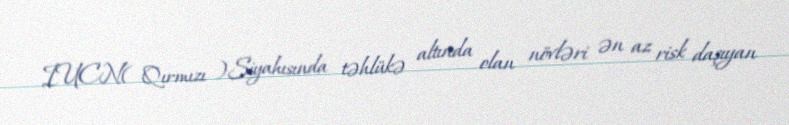
IUCN( Qırmızı )Siyahısında təhlükə altında olan növləri ən az risk daşıyan